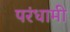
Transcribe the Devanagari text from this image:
परंधामी